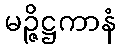
မဉ္ဇိဋ္ဌကာနံ